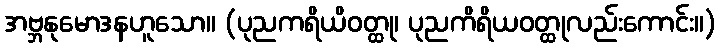
အဗ္ဘနုမောဒနဟူသော။ (ပုညကရိယိဝတ္ထု၊ ပုညကိရိယဝတ္ထုလည်းကောင်း။)